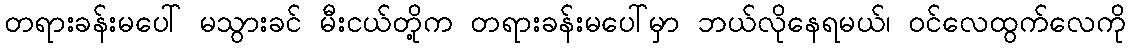
တရားခန်းမပေါ် မသွားခင် မီးငယ်တို့က တရားခန်းမပေါ်မှာ ဘယ်လိုနေရမယ်၊ ဝင်လေထွက်လေကို